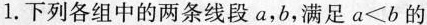
1.下列各组中的两条线段a，b，满足$$a<b$$的